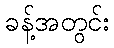
ခန့်အတွင်း